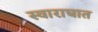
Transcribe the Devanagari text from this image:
स्वाराघात